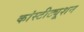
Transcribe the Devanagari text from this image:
कांस्टीट्यूशन